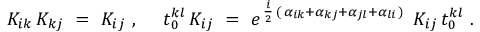
K _ { i k } \, K _ { k j } ~ = ~ K _ { i j } ~ , ~ ~ ~ ~ t _ { 0 } ^ { k l } \, K _ { i j } ~ = ~ e ^ { \, { \frac { i } { 2 } } \, ( \, \alpha _ { i k } + \alpha _ { k j } + \alpha _ { j l } + \alpha _ { l i } \, ) \, } ~ K _ { i j } \, t _ { 0 } ^ { k l } ~ .